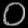
Digit: ၀